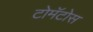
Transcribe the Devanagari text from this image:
टोमॅटोस